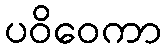
ပဝိဝေကာ